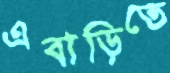
এবাড়িতে